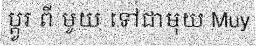
ប្តូរ ពី មូយ ទៅជាមុយ Muy